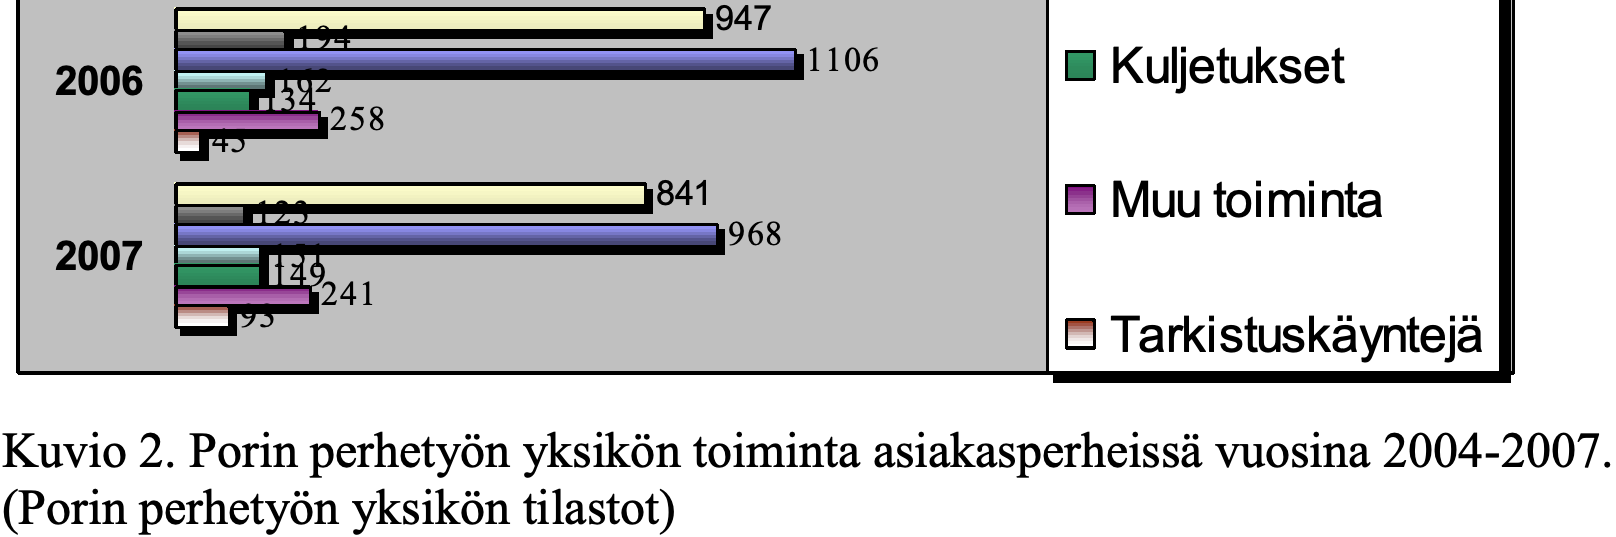
947 194 1106      Kuljetukset 2006    162 134 258 45 841            Muu toiminta 123 968 2007    151 149 241 93                          Tarkistuskäyntejä perheissä Kuvio 2. Porin perhetyön yksikön toiminta asiakasperheissä vuosina 2004-2007. (Porin perhetyön yksikön tilastot)